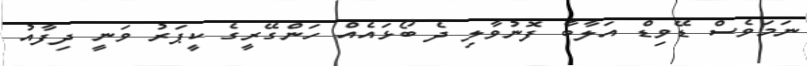
ނަމަވެސް ޑޭވިޑް އަލާބާ ފޮނުވާލި ދެ ބޯޅައެއް ހަންގޭރީގެ ކީޕަރު ވަނީ ދިފާއު